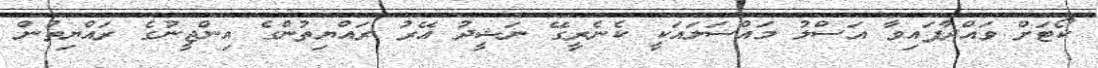
ކޯޓަށް ވައްދާފައިވާ އަސްލު މައްސަލައަކީ ކެނެރީިގޭ ނަޝީދު އޭރު ރައްޔިތުންގެ އިންޖީނުގެ ރައްޔިތުން